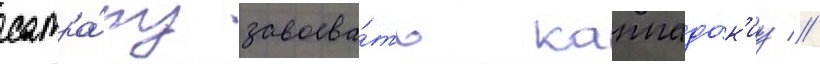
сатра́пу завоева́ть каппадо́к'иу //